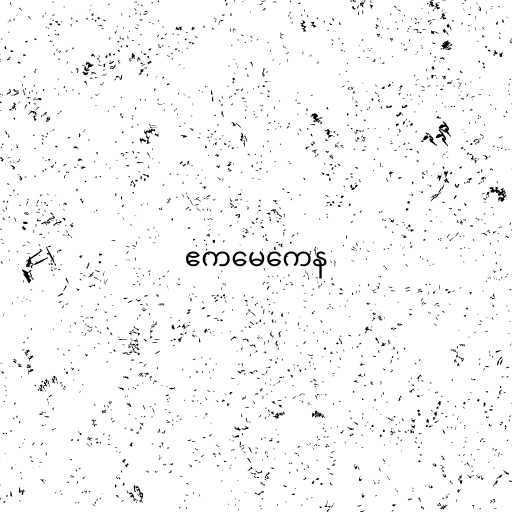
ဧကမေကေန